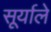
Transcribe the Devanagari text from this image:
सूर्याले